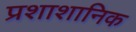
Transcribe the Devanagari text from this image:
प्रशाशानिक